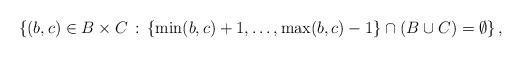
LaTeX: \begin{align*} \left\{(b,c)\in B\times C\,:\,\{\min(b,c)+1,\dots, \max(b,c)-1\}\cap \left(B\cup C\right)=\emptyset\right\}, \end{align*}